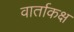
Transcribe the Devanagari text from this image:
वार्ताकक्ष